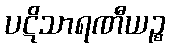
ပဋိသာရဏီယဉ္စ